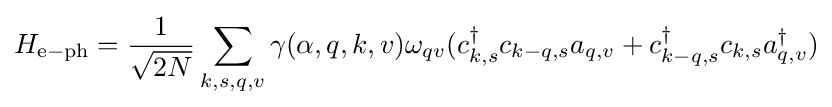
H_{\rm {e-ph}}={\frac {1}{\sqrt {2N}}}\sum _{k,s,q,v}\gamma (\alpha ,q,k,v)\omega _{qv}(c_{k,s}^{\dagger }c_{k-q,s}a_{q,v}+c_{k-q,s}^{\dagger }c_{k,s}a_{q,v}^{\dagger })